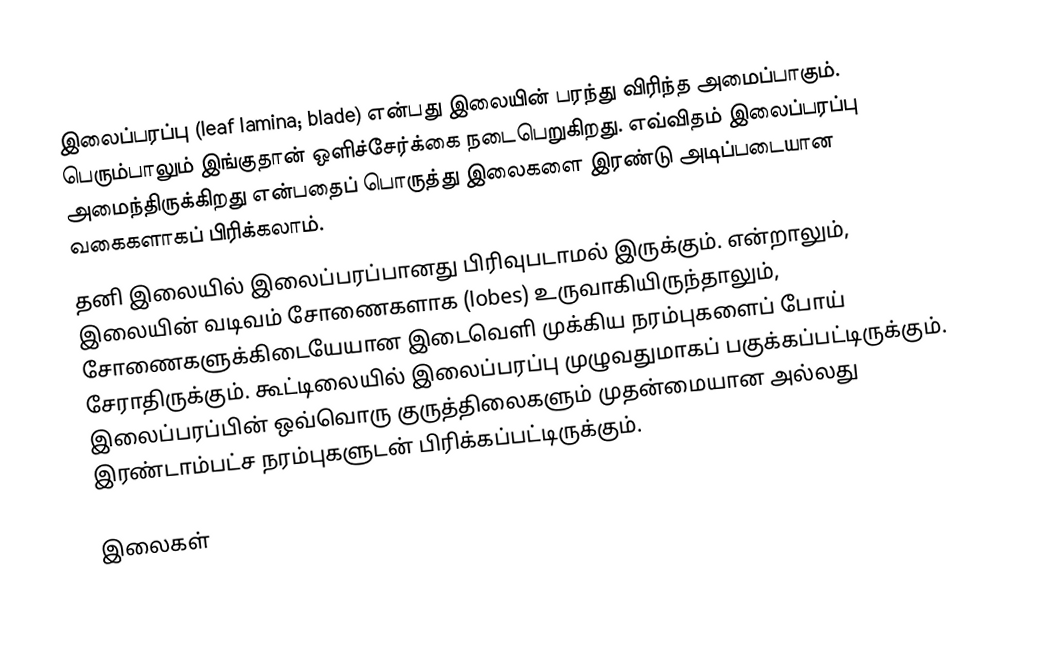
இலைப்பரப்பு (leaf lamina; blade) என்பது இலையின் பரந்து விரிந்த அமைப்பாகும். பெரும்பாலும் இங்குதான் ஒளிச்சேர்க்கை நடைபெறுகிறது. எவ்விதம் இலைப்பரப்பு அமைந்திருக்கிறது என்பதைப் பொருத்து இலைகளை இரண்டு அடிப்படையான வகைகளாகப் பிரிக்கலாம்.
தனி இலையில் இலைப்பரப்பானது பிரிவுபடாமல் இருக்கும். என்றாலும், இலையின் வடிவம் சோணைகளாக (lobes) உருவாகியிருந்தாலும், சோணைகளுக்கிடையேயான இடைவெளி முக்கிய நரம்புகளைப் போய் சேராதிருக்கும். கூட்டிலையில் இலைப்பரப்பு முழுவதுமாகப் பகுக்கப்பட்டிருக்கும். இலைப்பரப்பின் ஒவ்வொரு குருத்திலைகளும் முதன்மையான அல்லது இரண்டாம்பட்ச நரம்புகளுடன் பிரிக்கப்பட்டிருக்கும்.

இலைகள்